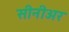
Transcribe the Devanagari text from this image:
सीनीअर